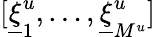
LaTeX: [\underline{{\xi}}_{1}^{u},\dots,\underline{{\xi}}_{M^{u}}^{u}]